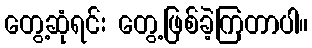
တွေ့ဆုံရင်း တွေ့ဖြစ်ခဲ့ကြတာပါ။